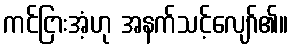
ကင်ငြားအံ့ဟု အနက်သင့်လျော်၏။